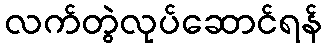
လက်တွဲလုပ်ဆောင်ရန်